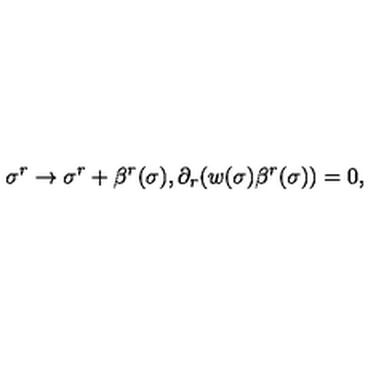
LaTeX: \sigma ^ { r } \rightarrow \sigma ^ { r } + \beta ^ { r } ( \sigma ) , \partial _ { r } ( w ( \sigma ) \beta ^ { r } ( \sigma ) ) = 0 ,